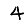
Digit: 4